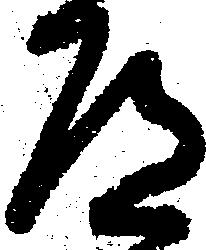
道